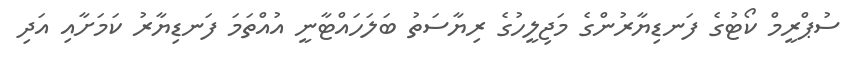
ސުޕްރީމް ކޯޓުގެ ފަނޑިޔާރުންގެ މަޖިލީހުގެ ރިޔާސަތު ބަލަހައްޓާނީ އުއްތަމަ ފަނޑިޔާރު ކަމަށާއި އަދި